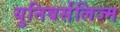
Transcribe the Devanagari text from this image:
युनिवर्सलिज्म